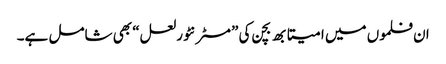
ان فلموں میں امیتابھ بچن کی ”مسٹر نٹورلعل“ بھی شامل ہے۔